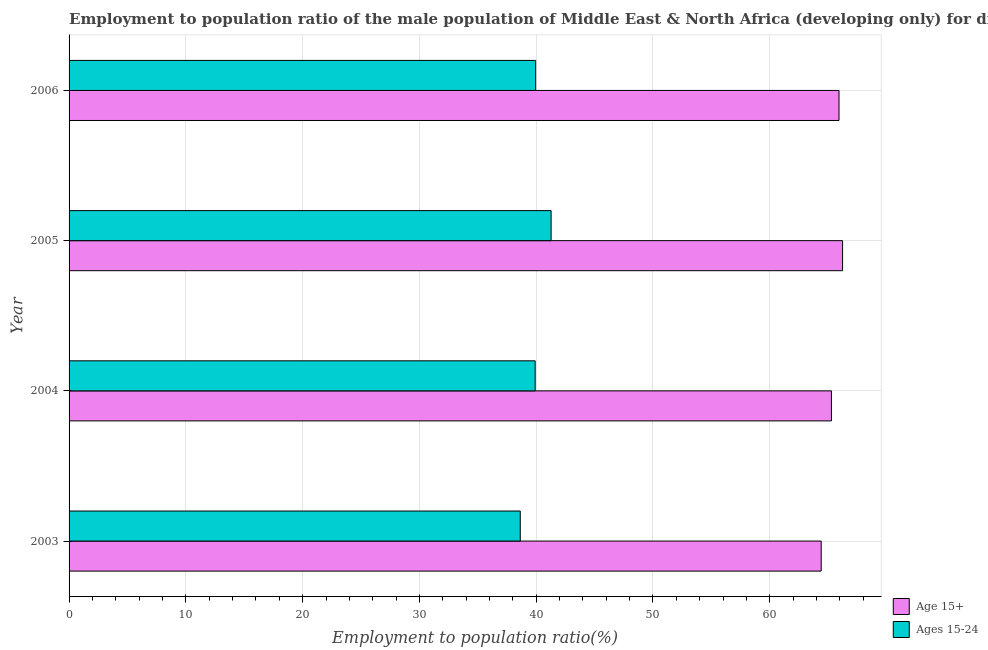
| Year | Age 15+ | Ages 15-24 |
 | --- | --- | --- |
 | 2003 | 64.4 | 38.6 |
 | 2004 | 65.3 | 39.9 |
 | 2005 | 66.2 | 41.3 |
 | 2006 | 65.9 | 40 |